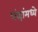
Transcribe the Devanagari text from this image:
धंद्यांमध्ये